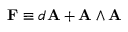
\mathbf { F } \equiv d \mathbf { A } + \mathbf { A } \wedge \mathbf { A }